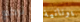
تركع يونانية